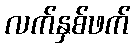
လက်နှစ်ဖက်